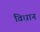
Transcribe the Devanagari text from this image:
विधान